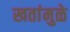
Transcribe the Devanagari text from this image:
खतांमुळे